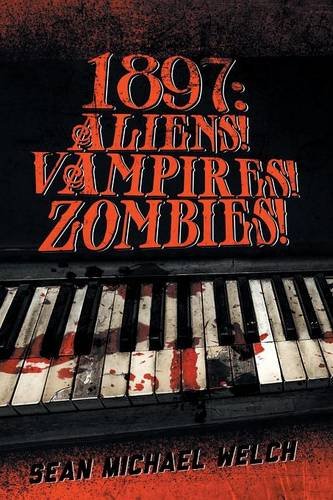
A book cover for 1897: Aliens! Vampires! Zombies!; Sean Michael Welch; Science Fiction & Fantasy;